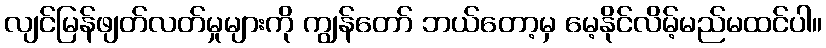
လျင်မြန်ဖျတ်လတ်မှုများကို ကျွန်တော် ဘယ်တော့မှ မေ့နိုင်လိမ့်မည်မထင်ပါ။